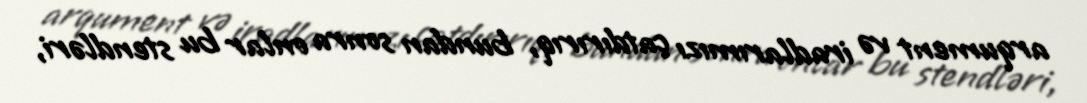
arqument və iradlarımızı çatdırırıq, bundan sonra onlar bu stendləri,